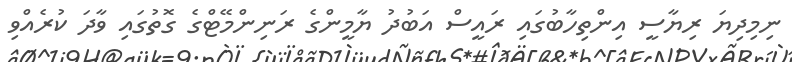
ނިމިދިޔަ ރިޔާސީ އިންތިހާބުގައި ރައީސް އަބުދު ޔާމީންގެ ރަނިންމޭޓްގެ ގޮތުގައި ވާދަ ކުރެއްވި